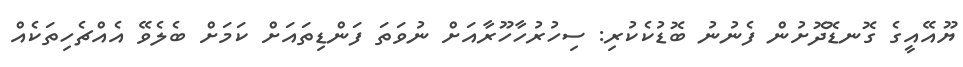
ޔޫއޭއީގެ ގޮނޑޮދޮށުން ފެނުނު ބޮޑުކެކުރި: ސިހުރުހާހޫރާއަށް ނުވަތަ ފަންޑިތައަށް ކަމަށް ބެލެވޭ އެއްޗެހިތަކެއް